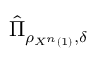
{ \hat { \Pi } } _ { \rho _ { X ^ { n } \left( 1 \right) } , \delta }